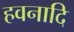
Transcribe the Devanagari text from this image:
हवनादि